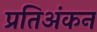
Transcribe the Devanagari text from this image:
प्रतिअंकन